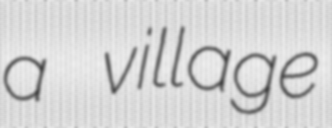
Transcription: a village